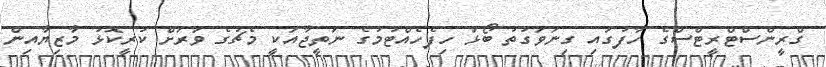
ގްރީންސްޓްރީޓްސްގެ ހާފުގައި ގިނަވަގުތު ބޯޅަ ހިފެހެއްޓުމުގެ ނަތީޖާއަކީ މެޗުގެ ވަރަށް ކުރީކޮޅު މާޒިޔާއިން